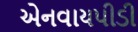
એનવાયપીડી